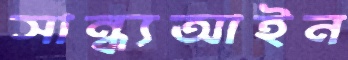
সান্ধ্যআইন